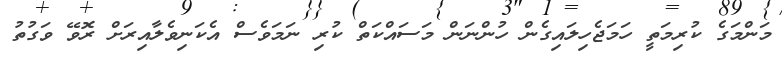
މަންމަގެ ކުރިމަތީ ހަމަޖެހިލައިގެން ހުންނަން މަސައްކަތް ކުރި ނަމަވެސް އެކަނިވެލާއިރަށް ރޮވޭ ވަގުތު